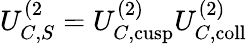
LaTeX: U_{C,S}^{(2}=U_{C,\mathrm{cusp}}^{(2)}U_{C,\mathrm{coll}}^{(2)}